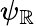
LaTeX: \psi_{\mathbb{R}}